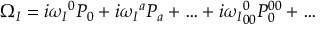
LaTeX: \Omega _ { \cal I } = i { \omega _ { \cal I } } ^ { 0 } P _ { 0 } + i { \omega _ { \cal I } } ^ { a } P _ { a } + \ldots + i { \omega _ { \cal I } } _ { 0 0 } ^ { 0 } P _ { 0 } ^ { 0 0 } + \ldots